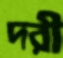
দরী